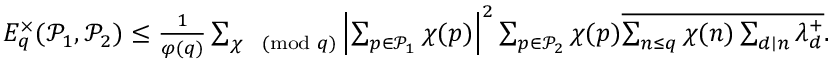
\begin{array} { r } { E _ { q } ^ { \times } ( \mathcal { P } _ { 1 } , \mathcal { P } _ { 2 } ) \leq \frac { 1 } { \varphi ( q ) } \sum _ { \chi \pmod q } \left| \sum _ { p \in \mathcal { P } _ { 1 } } \chi ( p ) \right| ^ { 2 } \sum _ { p \in \mathcal { P } _ { 2 } } \chi ( p ) \overline { { \sum _ { n \leq q } \chi ( n ) \sum _ { d \mid n } \lambda _ { d } ^ { + } } } . } \end{array}